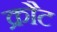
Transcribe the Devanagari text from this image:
क्रौट